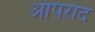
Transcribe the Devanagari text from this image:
आपराद